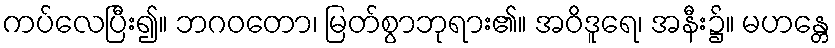
ကပ်လေပြီး၍။ ဘဂဝတော၊ မြတ်စွာဘုရား၏။ အဝိဒူရေ၊ အနီး၌။ မဟန္တေ